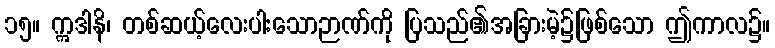
၁၅။ ဣဒါနိ၊ တစ်ဆယ့်လေးပါးသောဉာဏ်ကို ပြသည်၏အခြားမဲ့၌ဖြစ်သော ဤကာလ၌။